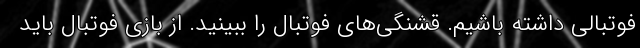
فوتبالی داشته باشیم. قشنگی‌های فوتبال را ببینید. از بازی فوتبال باید